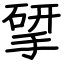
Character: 揅